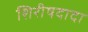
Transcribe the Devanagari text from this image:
शिरीषदादा